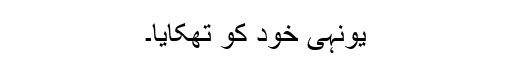
یونہی خود کو تھکایا۔